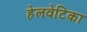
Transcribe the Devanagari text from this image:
हेलवेटिका